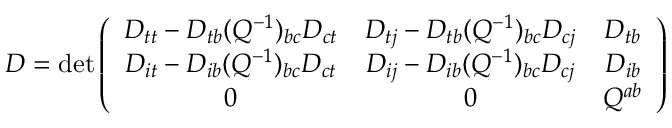
D = \operatorname * { d e t } \left( \begin{array} { c c c } { { D _ { t t } - D _ { t b } ( Q ^ { - 1 } ) _ { b c } D _ { c t } } } & { { D _ { t j } - D _ { t b } ( Q ^ { - 1 } ) _ { b c } D _ { c j } } } & { { D _ { t b } } } \\ { { D _ { i t } - D _ { i b } ( Q ^ { - 1 } ) _ { b c } D _ { c t } } } & { { D _ { i j } - D _ { i b } ( Q ^ { - 1 } ) _ { b c } D _ { c j } } } & { { D _ { i b } } } \\ { { 0 } } & { { 0 } } & { { Q ^ { a b } } } \end{array} \right)